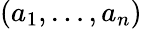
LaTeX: \left(a_{1},\ldots,a_{n}\right)